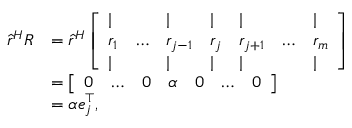
\begin{array} { r l } { \hat { r } ^ { H } R } & { = \hat { r } ^ { H } \left[ \begin{array} { l l l l l l l } { \vert } & & { \vert } & { \vert } & { \vert } & & { \vert } \\ { r _ { 1 } } & { \dots } & { r _ { j - 1 } } & { r _ { j } } & { r _ { j + 1 } } & { \dots } & { r _ { m } } \\ { \vert } & & { \vert } & { \vert } & { \vert } & & { \vert } \end{array} \right] } \\ & { = \left[ \begin{array} { l l l l l l l } { 0 } & { \dots } & { 0 } & { \alpha } & { 0 } & { \dots } & { 0 } \end{array} \right] } \\ & { = \alpha e _ { j } ^ { \top } , } \end{array}